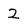
Character: 2